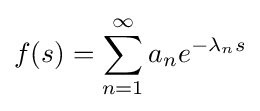
f(s)=\sum _{n=1}^{\infty }a_{n}e^{-\lambda _{n}s}